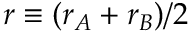
r \equiv ( r _ { A } + r _ { B } ) / 2